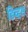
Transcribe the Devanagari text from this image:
डिव्हस